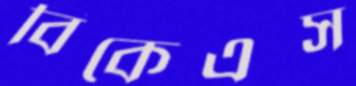
বিকেএস